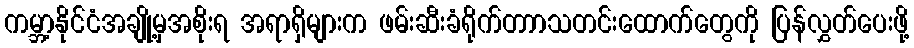
ကမ္ဘာ့နိုင်ငံအချို့မှအစိုးရ အရာရှိများက ဖမ်းဆီးခံရိုက်တာာသတင်းထောက်တွေကို ပြန်လွှတ်ပေးဖို့